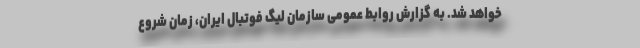
خواهد شد. به گزارش روابط عمومی سازمان لیگ فوتبال ایران، زمان شروع